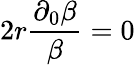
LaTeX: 2r\frac{\partial_{0}\beta}{\beta}=0